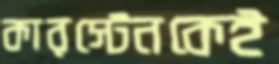
কারস্টেনকেই